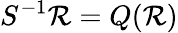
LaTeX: S^{-1}\mathcal{R}=Q(\mathcal{R})